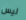
ليس